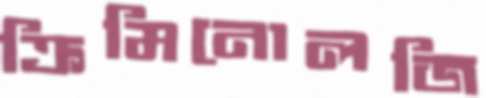
ক্রিমিনোলজি